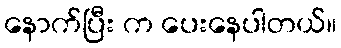
နောက်ပြီး က ပေးနေပါတယ်။